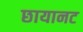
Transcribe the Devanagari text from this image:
छायानट